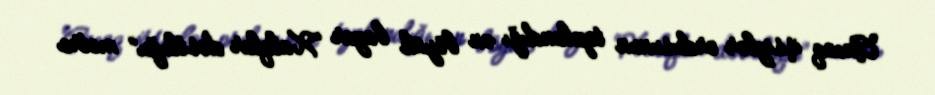
Ancaq işsizlər ordusunun toplandığı ən böyük bazar “Xalqlar dostluğu” metro